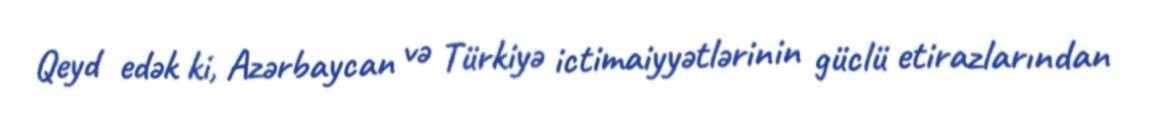
Qeyd edək ki, Azərbaycan və Türkiyə ictimaiyyətlərinin güclü etirazlarından